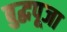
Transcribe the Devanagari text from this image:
बुद्धपूजा